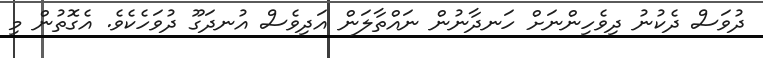
ދުވަސް ދެކުނު ދިވެހިންނަށް ހަނދާނުން ނައްތާލަން އަދިވެސް އުނދަގޫ ދުވަހެކެވެ. އެގޮތުން މި